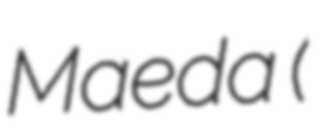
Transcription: Maeda (前田